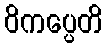
ဝိကပ္ပေတိ